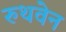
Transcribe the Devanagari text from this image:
रुथवेन